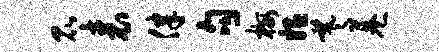
昆表律句梅媪羲巷